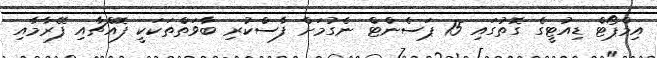
އިމްޕޯޓް ޑިއުޓީގެ ގޮތުގައި 15 ޕަސެންޓް ނެގުމަށް ފާސްކުރި ބާވަތްތަކަކީ ފޮއްޗާއި ފޭރާމާއި